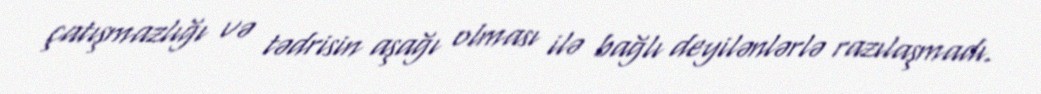
çatışmazlığı və tədrisin aşağı olması ilə bağlı deyilənlərlə razılaşmadı.